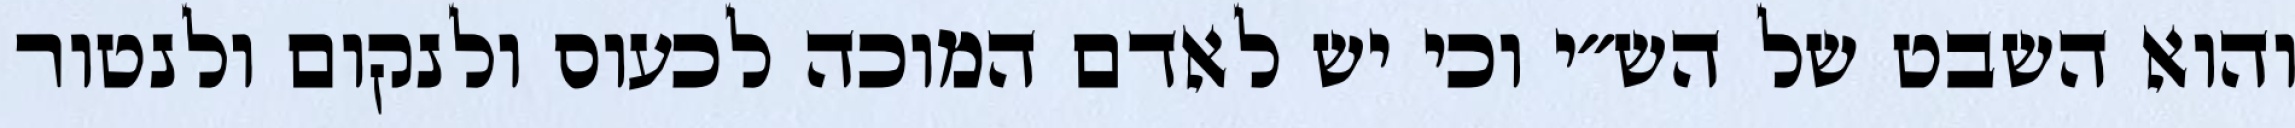
והוא השבט של הש״י וכי יש לאדם המוכה לכעוס ולנקום ולנטור